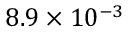
8 . 9 \times 1 0 ^ { - 3 }